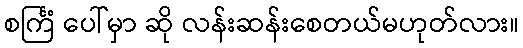
စင်္ကြံ ပေါ်မှာ ဆို လန်းဆန်းစေတယ်မဟုတ်လား။